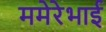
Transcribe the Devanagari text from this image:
ममेरेभाई